Calcutta medical institutions reports 1879-81 [i.e.91]
Year: 1879
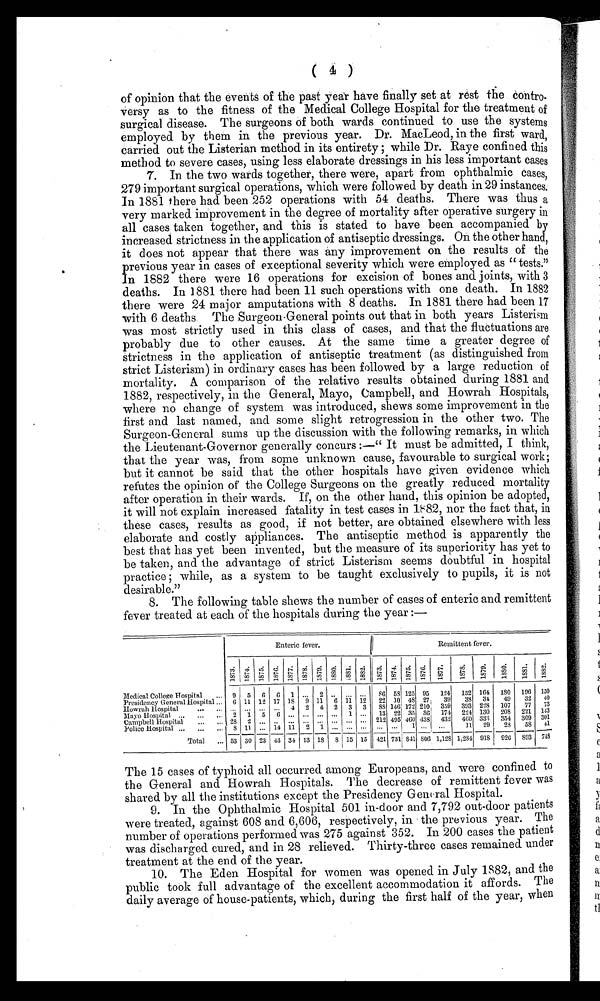
(4)
of opinion that the events of the past year have finally set at rest the contro-
versy as to the fitness of the Medical College Hospital for the treatment of
surgical disease. The surgeons of both wards continued to use the systems
employed by them in the previous year. Dr. MacLeod, in the first ward,
carried out the Listerian method in its entirety ; while Dr. Raye confined this
method to severe cases, using less elaborate dressings in his less important cases
7. In the two wards together, there were, apart from ophthalmic cases,
279 important surgical operations, which were followed by death in 29 instances.
In 1881 there had been 252 operations with 54 deaths. There was thus a
very marked improvement in the degree of mortality after operative surgery in
all cases taken together, and this is stated to have been accompanied by
increased strictness in the application of antiseptic dressings. On the other hand,
it does not appear that there was any improvement on the results of the
previous year in cases of exceptional severity which were employed as " tests."
In 1882 there were 16 operations for excision of bones and joints, with 3
deaths. In 1881 there had been 11 such operations with one death. In 1882
there were 24 major amputations with 8 deaths. In 1881 there had been 17
with 6 deaths The Surgeon . General points out that in both years Listerism
was most strictly used in this class of cases, and that the fluctuations are
probably due to other causes. At the same time a greater degree of
strictness in the application of antiseptic treatment (as distinguished from
strict Listerism) in ordinary cases has been followed by a large reduction of
mortality. A comparison of the relative results obtained during 1881 and
1882, respectively, in the General, Mayo, Campbell, and Howrah Hospitals,
where no change of system was introduced, shews some improvement in the
first and last named, and some slight retrogression in the other two. The
Surgeon-General sums up the discussion with the following remarks, in which
the Lieutenant-Governor generally concurs :—" It must be admitted, I think,
that the year was, from some unknown cause, favourable to surgical work;
but it cannot be said that the other hospitals have given evidence which
refutes the opinion of the College Surgeons on the greatly reduced mortality
after operation in their wards. If, on the other hand, this opinion be adopted,
it will not explain increased fatality in test cases in nor the fact that, in
these cases, results as good, if not better, are obtained elsewhere with less
elaborate and costly appliances. The antiseptic method isapparently the
best that has yet been invented, but the measure of its superiority has yet to
be taken, and the advantage of strict Listerism seems doubtful in hospital
practice ; while, as a system to be taught exclusively to pupils, it is not
desirable."
8. The following table shews the number of cases of enteric and remittent
fever treated at each of the hospitals during the year :—
Enteric fever.
Remittent fever.
Medical College Hospital
...
1 8 7 3 .
1 8 7 4 . 1 8 7 5 . 1876.
1 8 7 7 .
1 8 7 8 .
1 8 7 9
1 8 8 0 . 1 8 1 .
1 8 8 2 .
1 8 7 3 .
1 8 7 4 .
1 8 7 5 .
1 8 7 6 . 1 8 7 7 .
1 8 7 7 . 1 8 7 8 . .
1 9 7 9 .
1 9 8 0 .
1 9 8 1 .
1 9 8 2 .
9 5 6 6 1
.
. . 2 . . ...
-
86 58 125 95 124 152 164
1 8 0 196 150
Presidency General Hospital ...
6 11 12 17 18 9 11 6 11 12
22 10 48 27 i
39
33 31
49
32
40
Howrah Hospital ... ...
... ... ... ... 4 2 4 2 3 3
8 8 146j 172 210 359 393 228 107
77
73
Mayo Hospital ...
...
... 2 1 5 6 .., ... .., ... 1 ...
13 22 35 361 174 224 130 205 221 113
Campbell Hospital ... ...
28 2
. . .
. . .
. . . ...
. . . ... ... ... 212, 495 460 438 432 460 333 354 309 301
Police Hospital . .,.
...
8 11 ... 14
.
11 2 1
. . . ... ...
. .
. . . 1
11 29
23
5 8 41
Total
53 30 23 43 31 13 18
8 15 15 421 731
8 4 1 506 1,12S 1,234 918 926 893 748
The 15 cases of typhoid all occurred among Europeans, and were confined to
the General and Howrati Hospitals. The decrease of remittent fever was
shared by all the institutions except the Presidency Gen( ral Hospital.
9. In the Ophthalmic Hospital 501 in-door and 7,792 out-door patients
were treated, against 608 and 6,606, respectively, in the previous year. The
number of operations performed was 275 against 352. In 200 cases the patient
was discharged cured, and in 28 relieved. Thirty-three cases remained under
treatment at the end of the year.
10. The Eden Hospital for women was opened in July 1882, and the
public took full advantage of the excellent accommodation it affords. The
daily average of house-patients, which, during the first half of the year, when